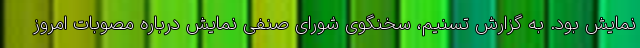
نمایش بود. به گزارش تسنیم، سخنگوی شورای صنفی نمایش درباره مصوبات امروز